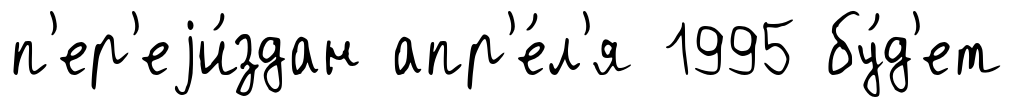
п'ер'еjи́здан апр'е́л'я 1995 бу́д'ет